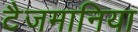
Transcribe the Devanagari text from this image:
टैजमानिया